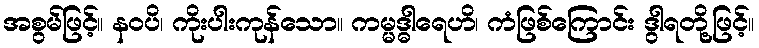
အစွမ်ဖြင့်။ နဝပိ၊ ကိုးပါးကုန်သော။ ကမ္မဒ္ဓါရေဟိ၊ ကံဖြစ်ကြောင်း ဒွါရတို့ဖြင့်။